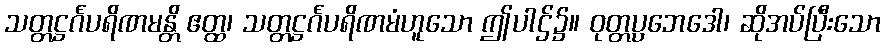
သတ္တဋ္ဌင်္ဂပရိဏမန္တိ ဧတ္ထ၊ သတ္တဋ္ဌင်္ဂပရိဏမံဟူသော ဤပါဌ်၌။ ဝုတ္တပ္ပဘေဒေါ၊ ဆိုအပ်ပြီးသော